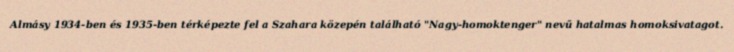
Almásy 1934-ben és 1935-ben térképezte fel a Szahara közepén található "Nagy-homoktenger" nevű hatalmas homoksivatagot.